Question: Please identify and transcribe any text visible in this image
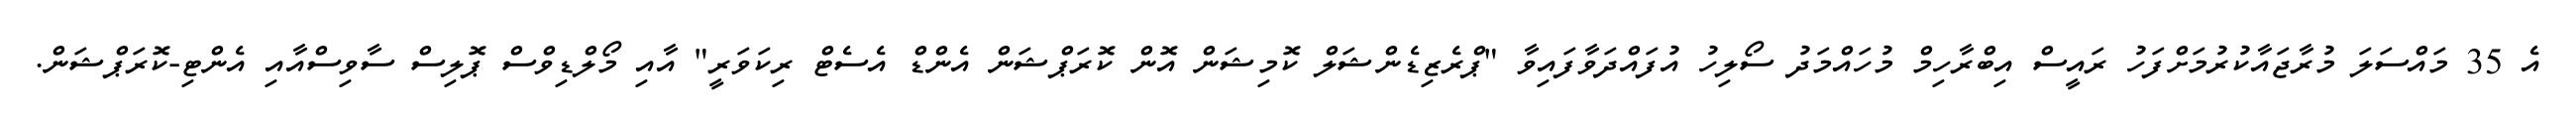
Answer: އެ 35 މައްސަލަ މުރާޖައާކުރުމަށްފަހު ރައީސް އިބްރާހިމް މުހައްމަދު ސޯލިހު އުފައްދަވާފައިވާ "ޕްރެޒިޑެންޝަލް ކޮމިޝަން އޮން ކޮރަޕްޝަން އެންޑް އެސެޓް ރިކަވަރީ" އާއި މޯލްޑިވްސް ޕޮލިސް ސާވިސްއާއި އެންޓި-ކޮރަޕްޝަން.